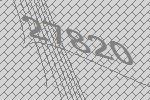
27820